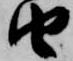
由